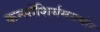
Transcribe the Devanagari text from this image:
कन्सॉशिर्यमसमोर